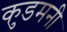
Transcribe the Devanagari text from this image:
कुडमनी